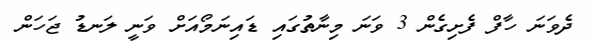
ދެވަނަ ހާފް ފެށިގެން 3 ވަނަ މިނާތުގައި ޑައިނަމޯއަށް ވަނީ ލަނޑު ޖަހަން